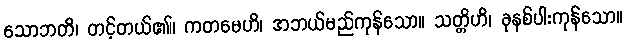
သောဘတိ၊ တင့်တယ်၏။ ကတမေဟိ၊ အဘယ်မည်ကုန်သော။ သတ္တိဟိ၊ ခုနစ်ပါးကုန်သော။